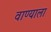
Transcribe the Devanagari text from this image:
वाण्याला